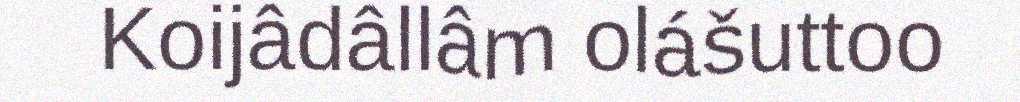
Koijâdâllâm olášuttoo